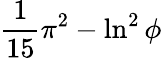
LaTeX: {\frac{1}{15}}\pi^{2}-\ln^{2}\phi